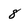
Character: 8